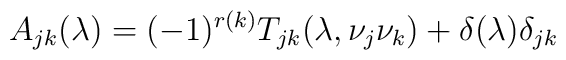
A_{jk}(\lambda)=(-1)^{r(k)}T_{jk}(\lambda,\nu_j\nu_k) + \delta(\lambda)\delta_{jk}